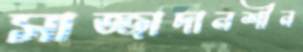
সাজ্জাদানশীন